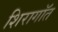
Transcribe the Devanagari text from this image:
शिरागॉत